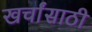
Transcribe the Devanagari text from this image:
खर्चांसाठी